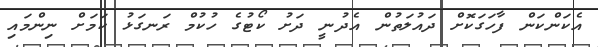
އެކަންކަން ފާހަގަކޮށް ދައުލަތުން އެދުނީ ދަށު ކޯޓުގެ ހުކުމް ރަނގަޅު ކަމަށް ނިންމައި